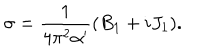
\sigma = \frac 1 { 4 \pi ^ { 2 } \alpha ^ { \prime } } ( B _ { 1 } + i J _ { 1 } ) .